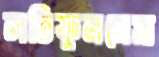
লতিফুননেসা